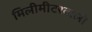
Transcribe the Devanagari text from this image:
मिलीमीटरवाली